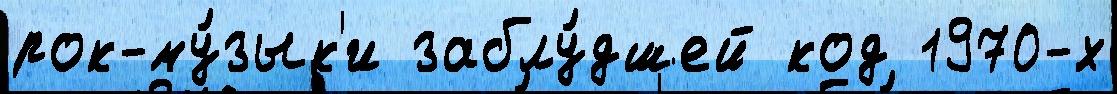
рок-му́зык'и заблу́дшей код 1970-х